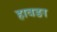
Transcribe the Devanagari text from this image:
हावङा